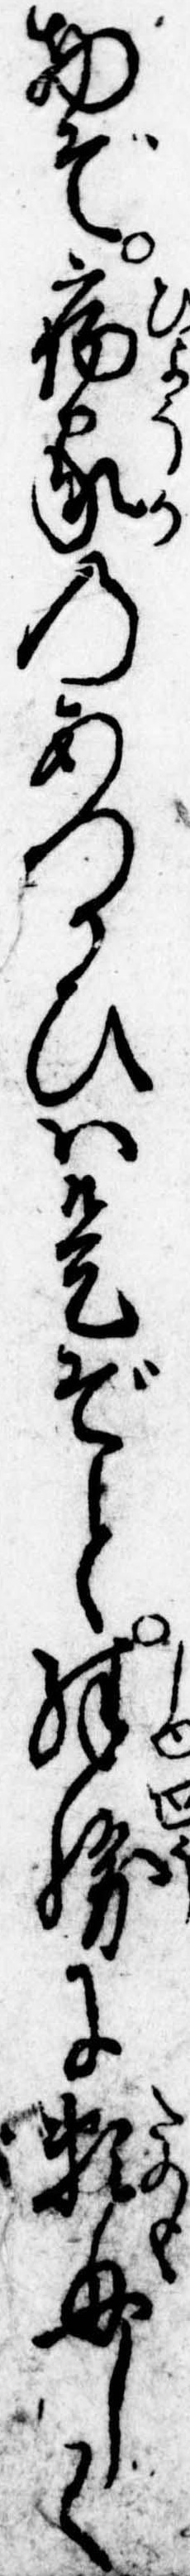
物ぞ病家のあつかひは是ぞと殊勝に頼母しく